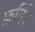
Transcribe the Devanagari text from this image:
फ़र्गिए